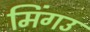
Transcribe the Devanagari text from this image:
मिंगउ